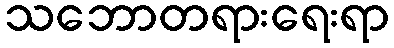
သဘောတရားရေးရာ